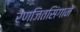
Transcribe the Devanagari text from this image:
रणजितसिंगाने